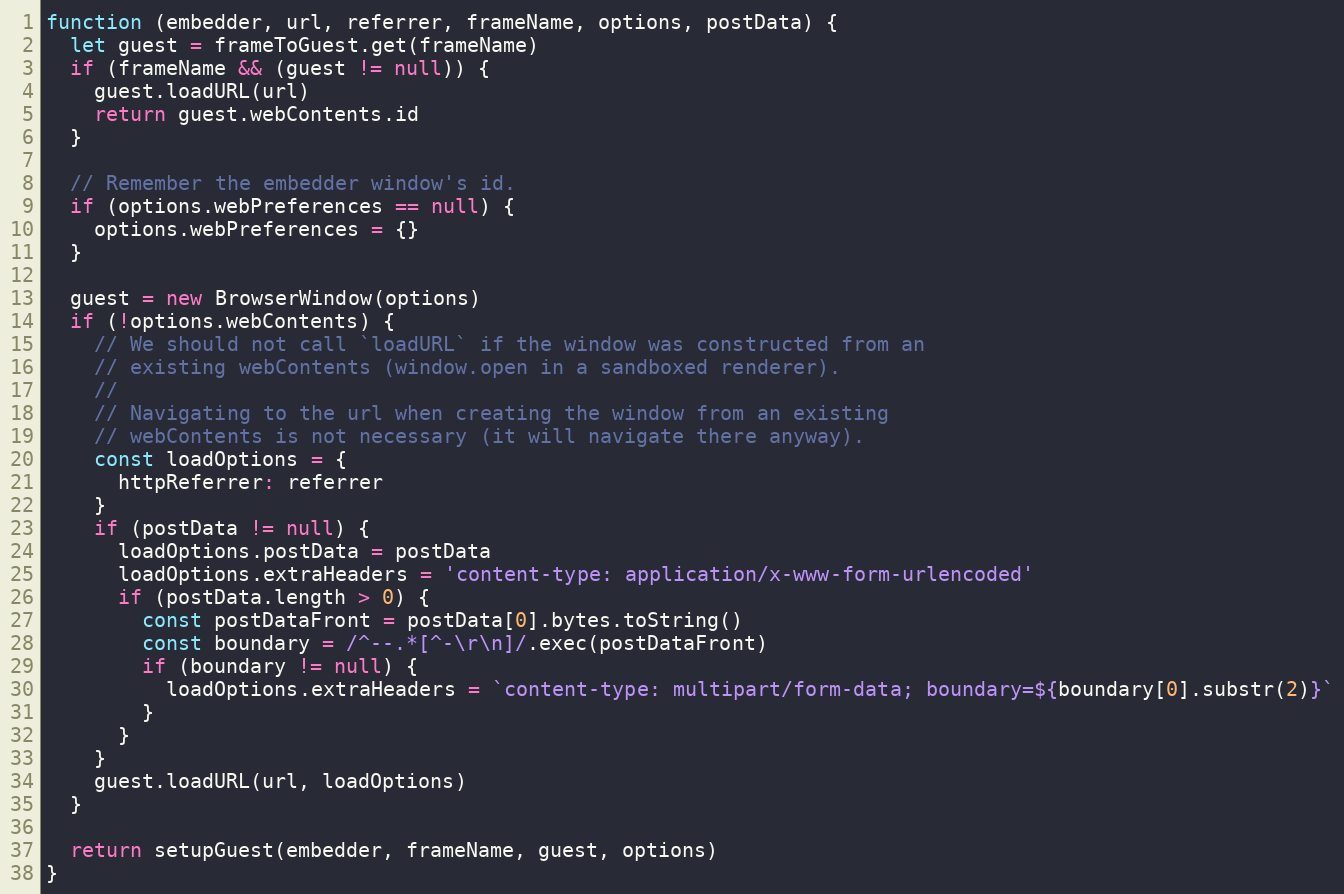
Language: JavaScript
function (embedder, url, referrer, frameName, options, postData) {
  let guest = frameToGuest.get(frameName)
  if (frameName && (guest != null)) {
    guest.loadURL(url)
    return guest.webContents.id
  }

  // Remember the embedder window's id.
  if (options.webPreferences == null) {
    options.webPreferences = {}
  }

  guest = new BrowserWindow(options)
  if (!options.webContents) {
    // We should not call `loadURL` if the window was constructed from an
    // existing webContents (window.open in a sandboxed renderer).
    //
    // Navigating to the url when creating the window from an existing
    // webContents is not necessary (it will navigate there anyway).
    const loadOptions = {
      httpReferrer: referrer
    }
    if (postData != null) {
      loadOptions.postData = postData
      loadOptions.extraHeaders = 'content-type: application/x-www-form-urlencoded'
      if (postData.length > 0) {
        const postDataFront = postData[0].bytes.toString()
        const boundary = /^--.*[^-\r\n]/.exec(postDataFront)
        if (boundary != null) {
          loadOptions.extraHeaders = `content-type: multipart/form-data; boundary=${boundary[0].substr(2)}`
        }
      }
    }
    guest.loadURL(url, loadOptions)
  }

  return setupGuest(embedder, frameName, guest, options)
}